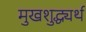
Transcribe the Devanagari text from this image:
मुखशुद्ध्यर्थ